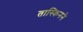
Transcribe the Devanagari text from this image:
तास्किनने